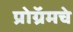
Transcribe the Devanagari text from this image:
प्रोग्रॅमचे